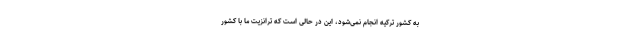
به کشور ترکیه انجام نمی‌شود، این در حالی است که ترانزیت ما با کشور